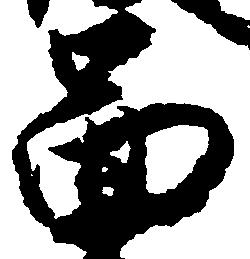
図